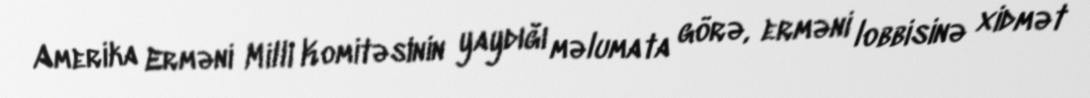
Amerika Erməni Milli Komitəsinin yaydığı məlumata görə, erməni lobbisinə xidmət